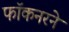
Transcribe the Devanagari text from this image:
फॉकनरने